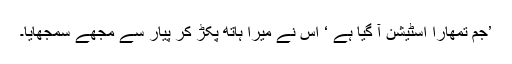
’جم تمھارا اسٹیشن آ گیا ہے ‘ اس نے میرا ہاتھ پکڑ کر پیار سے مجھے سمجھایا۔